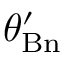
\theta _ { \mathrm { B n } } ^ { \prime }